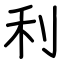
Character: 利